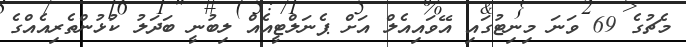
މެޗުގެ 69 ވަނަ މިނިޓުގައި އޭވައިއެލް އަށް ޕެނަލްޓީއެއް ލިބުނީ ބަދަލު ކުޅުންތެރިއެއްގެ